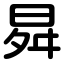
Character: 曻